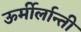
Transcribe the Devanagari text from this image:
ऊर्मीर्लान्ती